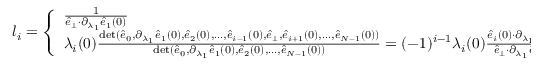
\begin{array} { r } { l _ { i } = \left\{ \begin{array} { l l } { \frac { 1 } { \hat { e } _ { \perp } { \cdot } \partial _ { \lambda _ { 1 } } \hat { e } _ { 1 } ( 0 ) } } & { i = 0 } \\ { \lambda _ { i } ( 0 ) \frac { \operatorname* { d e t } ( \hat { e } _ { 0 } , \partial _ { \lambda _ { 1 } } \hat { e } _ { 1 } ( 0 ) , \hat { e } _ { 2 } ( 0 ) , \dots , \hat { e } _ { i - 1 } ( 0 ) , \hat { e } _ { \perp } , \hat { e } _ { i + 1 } ( 0 ) , \dots , \hat { e } _ { N - 1 } ( 0 ) ) } { \operatorname* { d e t } ( \hat { e } _ { 0 } , \partial _ { \lambda _ { 1 } } \hat { e } _ { 1 } ( 0 ) , \hat { e } _ { 2 } ( 0 ) , \dots , \hat { e } _ { N - 1 } ( 0 ) ) } = ( - 1 ) ^ { i - 1 } \lambda _ { i } ( 0 ) \frac { \hat { e } _ { i } ( 0 ) { \cdot } \partial _ { \lambda _ { 1 } } \hat { e } _ { 1 } ( 0 ) } { \hat { e } _ { \perp } { \cdot } \partial _ { \lambda _ { 1 } } \hat { e } _ { 1 } ( 0 ) } } & { i > 1 } \end{array} \right. \, . } \end{array}